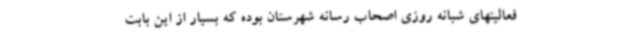
فعالیتهای شبانه روزی اصحاب رسانه شهرستان بوده که بسیار از این بابت